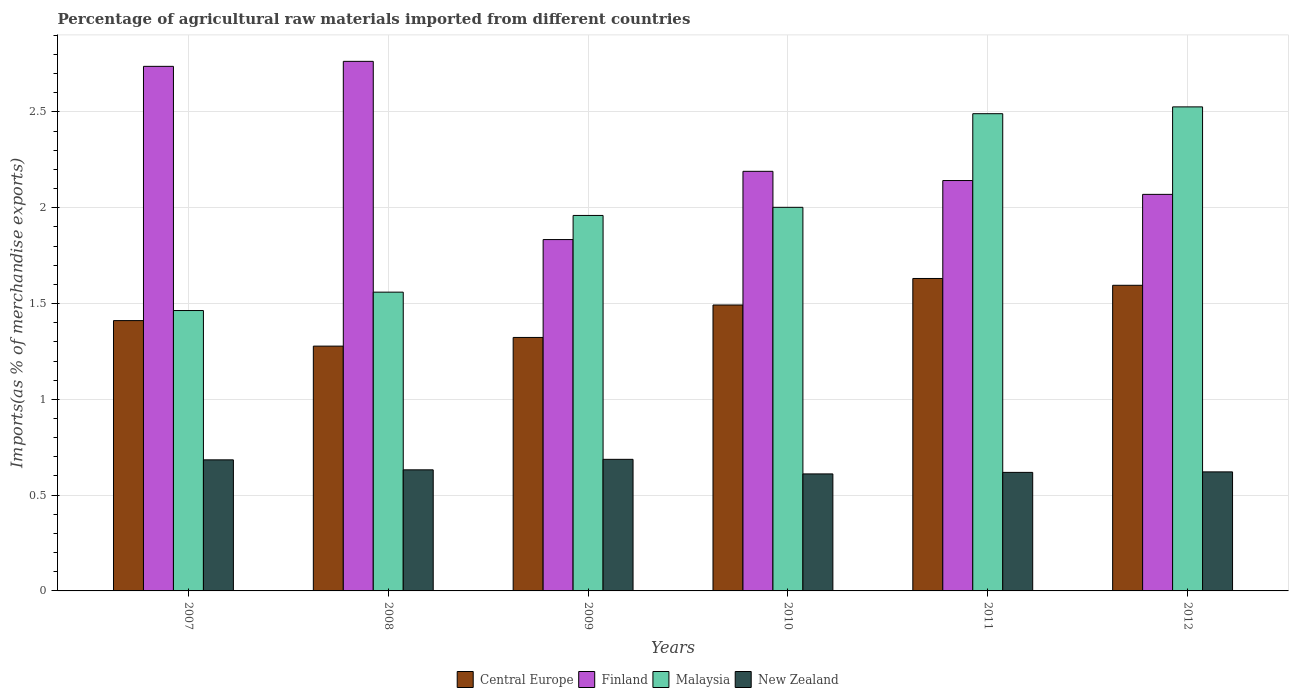
| Years | Central Europe | Finland | Malaysia | New Zealand |
 | --- | --- | --- | --- | --- |
 | 2007 | 1.41 | 2.74 | 1.46 | 0.684 |
 | 2008 | 1.28 | 2.76 | 1.56 | 0.632 |
 | 2009 | 1.32 | 1.83 | 1.96 | 0.687 |
 | 2010 | 1.49 | 2.19 | 2 | 0.611 |
 | 2011 | 1.63 | 2.14 | 2.49 | 0.619 |
 | 2012 | 1.6 | 2.07 | 2.53 | 0.621 |